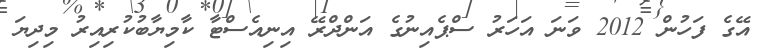
އޭގެ ފަހުން 2012 ވަނަ އަހަރު ސްޕެއިނުގެ އަންދްރޭ އިނިއެސްޓާ ކާމިޔާބުކުރިއިރު މިދިޔަ